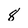
Character: 8